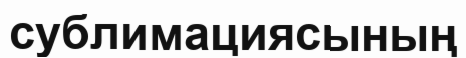
сублимациясының